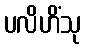
ပလိဟိံသု